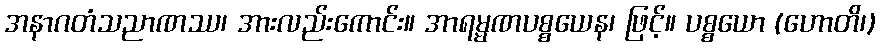
အနာဂတံသညာဏဿ၊ အားလည်းကောင်း။ အာရမ္မဏပစ္စယေန၊ ဖြင့်။ ပစ္စယော (ဟောတိ၊)